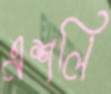
এশলি